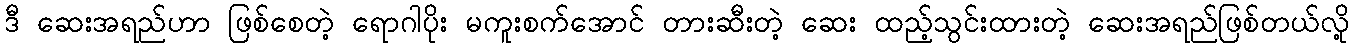
ဒီ ဆေးအရည်ဟာ ဖြစ်စေတဲ့ ရောဂါပိုး မကူးစက်အောင် တားဆီးတဲ့ ဆေး ထည့်သွင်းထားတဲ့ ဆေးအရည်ဖြစ်တယ်လို့